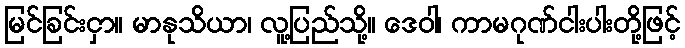
မြင်ခြင်းငှာ။ မာနုသိယာ၊ လူ့ပြည်သို့။ ဒေဝါ၊ ကာမဂုဏ်ငါးပါးတို့ဖြင့်